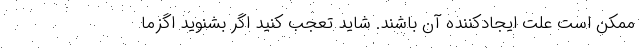
ممکن است علت ایجادکننده آن باشند. شاید تعجب کنید اگر بشنوید اگزما